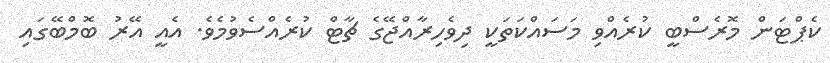
ކެޕްޓަން މޮރެސްބީ ކުރެއްވި މަސައްކަތަކީ ދިވެހިރާއްޖޭގެ ޗާޓް ކުރެއްސެވުމެވެ. އެއީ އޭރު ބޮމްބޭގައި